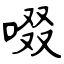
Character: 啜